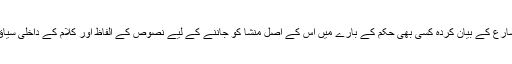
جہاں تک میں سمجھ سکا ہوں، زیر بحث نقطۂ نظر کا بنیادی استدلال یہ ہے کہ شارع کے بیان کردہ کسی بھی حکم کے بارے میں اس کے اصل منشا کو جاننے کے لیے نصوص کے الفاظ اور کلام کے داخلی سیاق وسباق کے علاوہ حکم کے تاریخی سیاق کو بھی پیش نظر رکھنا ضروری ہے۔